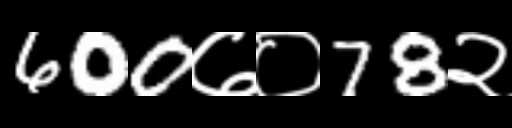
Text: 600७०78२